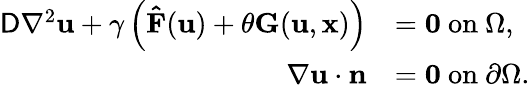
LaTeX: \begin{array}{rl}{\mathsf{D}\nabla^{2}\mathbf{u}+\gamma\left(\mathbf{\hat{F}}(\mathbf{u})+\theta\mathbf{G}(\mathbf{u},\mathbf{x})\right)}&{=\mathbf{0}~\mathrm{on}~\Omega,}\\ {\nabla\mathbf{u}\cdot\mathbf{n}}&{=\mathbf{0}~\mathrm{on}~\partial\Omega.}\end{array}